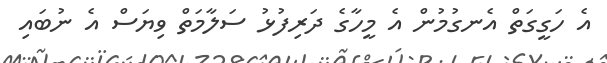
އެ ހަގީގަތް އެނގުމުން އެ މީހާގެ ދަރިފުޅު ސަލާމަތް ވިޔަސް އެ ނުބައި